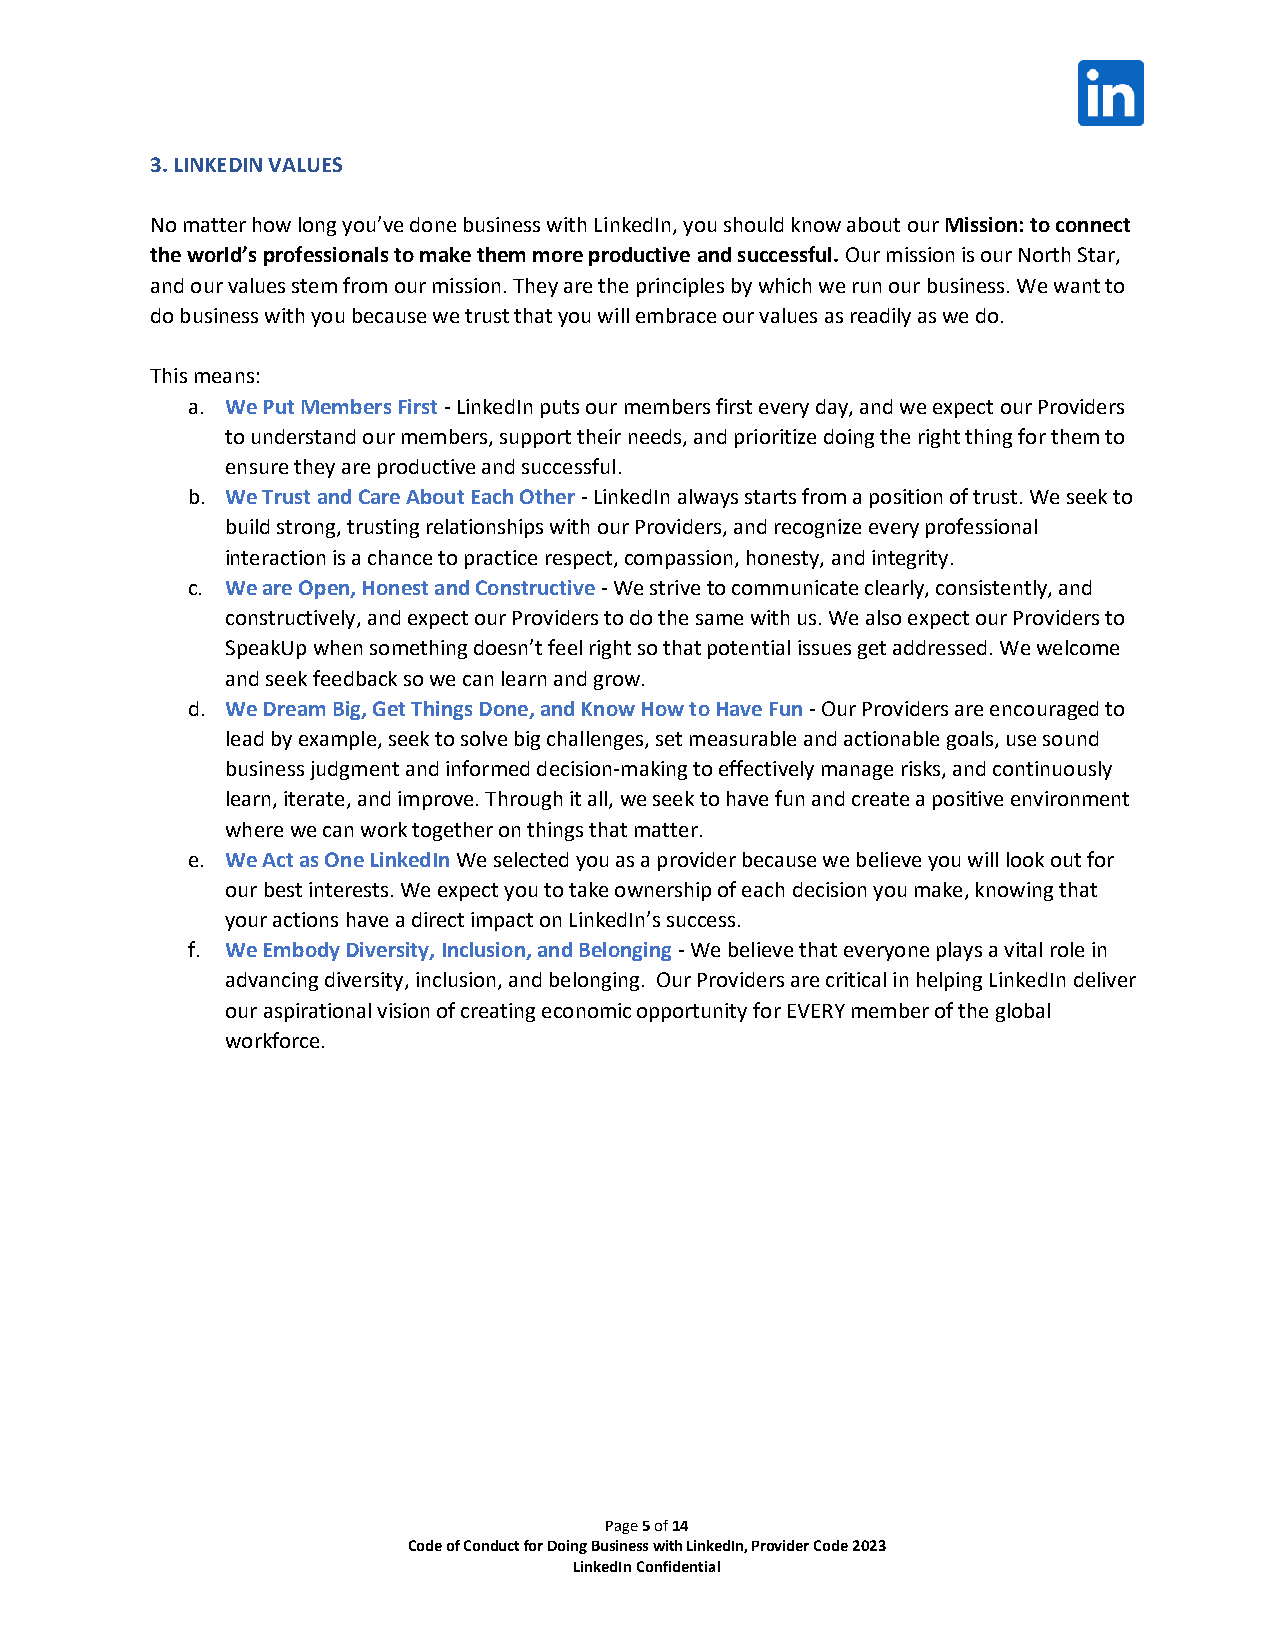
3. LINKEDIN VALUES
 No matter how long you’ve done business with LinkedIn, you should know about our Mission: to connect
 the world’s professionals to make them more productive and successful. Our mission is our North Star,
 and our values stem from our mission. They are the principles by which we run our business. We want to
 do business with you because we trust that you will embrace our values as readily as we do.
 This means:
 a. We Put Members First - LinkedIn puts our members first every day, and we expect our Providers
 to understand our members, support their needs, and prioritize doing the right thing for them to
 ensure they are productive and successful.
 b. We Trust and Care About Each Other - LinkedIn always starts from a position of trust. We seek to
 build strong, trusting relationships with our Providers, and recognize every professional
 interaction is a chance to practice respect, compassion, honesty, and integrity.
 c. We are Open, Honest and Constructive - We strive to communicate clearly, consistently, and
 constructively, and expect our Providers to do the same with us. We also expect our Providers to
 SpeakUp when something doesn’t feel right so that potential issues get addressed. We welcome
 and seek feedback so we can learn and grow.
 d. We Dream Big, Get Things Done, and Know How to Have Fun - Our Providers are encouraged to
 lead by example, seek to solve big challenges, set measurable and actionable goals, use sound
 business judgment and informed decision-making to effectively manage risks, and continuously
 learn, iterate, and improve. Through it all, we seek to have fun and create a positive environment
 where we can work together on things that matter.
 e. We Act as One LinkedIn We selected you as a provider because we believe you will look out for
 our best interests. We expect you to take ownership of each decision you make, knowing that
 your actions have a direct impact on LinkedIn’s success.
 f. We Embody Diversity, Inclusion, and Belonging - We believe that everyone plays a vital role in
 advancing diversity, inclusion, and belonging. Our Providers are critical in helping LinkedIn deliver
 our aspirational vision of creating economic opportunity for EVERY member of the global
 workforce.
 Page 5 of 14
 Code of Conduct for Doing Business with LinkedIn, Provider Code 2023
 LinkedIn Confidential